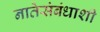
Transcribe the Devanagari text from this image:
नातेसंबंधाशी